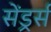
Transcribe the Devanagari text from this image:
सेंड्रर्स